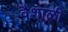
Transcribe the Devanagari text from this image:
वैशाळी